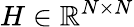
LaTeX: H\in\mathbb{R}^{N\times N}